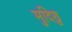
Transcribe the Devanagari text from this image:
मुदिछु